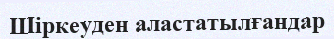
Шіркеуден аластатылғандар